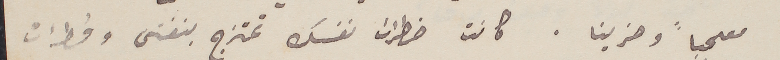
معجباً وحزينا . كانت خطرات نفسك تمتزج بنفسَى وخطرات